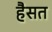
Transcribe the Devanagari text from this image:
हैसत